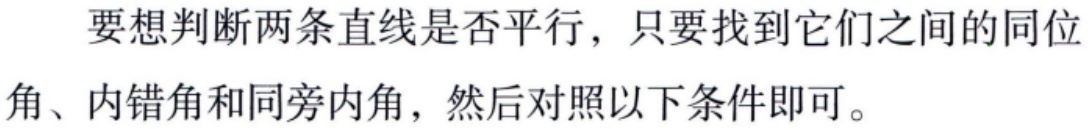
要想判断两条直线是否平行，只要找到它们之间的同位角、内错角和同旁内角，然后对照以下条件即可。